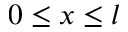
0 \leq x \leq l